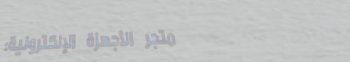
متجر الأجهزة الإلكترونية: